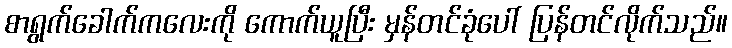
စာရွက်ခေါက်ကလေးကို ကောက်ယူပြီး မှန်တင်ခုံပေါ် ပြန်တင်လိုက်သည်။